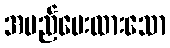
အမည်ပေးထားသော